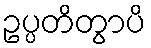
ဥပ္ပတိတွာပိ